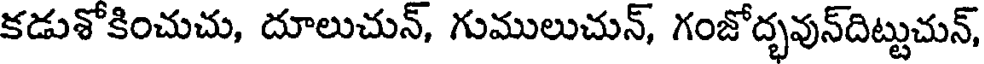
కడుశోకించుచు, దూలుచున్, గుములుచున్, గంజోద్భవున్దిట్టుచున్,